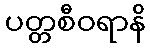
ပတ္တစီဝရာနိ